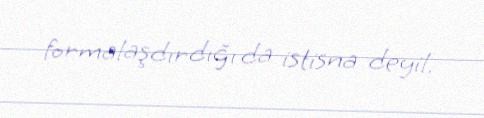
formalaşdırdığı da istisna deyil.